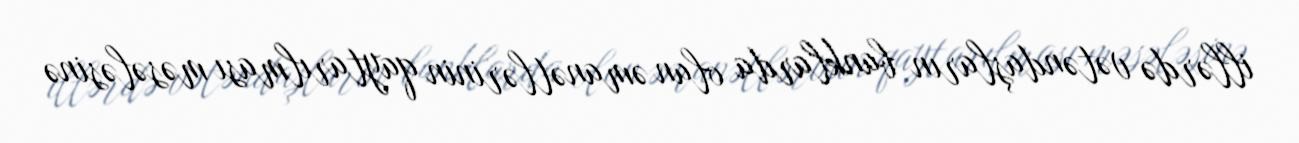
illərdə vətəndaşların banklarda olan əmanətlərinin qaytarılması məsələsinə